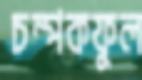
চম্পকফুল